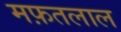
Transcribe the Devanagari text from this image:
मफ़तलाल